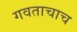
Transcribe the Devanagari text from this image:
गवताचाच